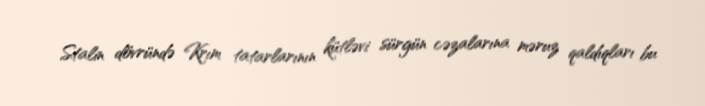
Stalin dövründə Krım tatarlarının kütləvi sürgün cəzalarına məruz qaldıqları bu